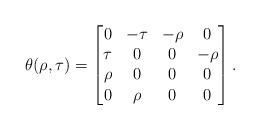
LaTeX: \begin{align*}\theta(\rho,\tau)=\begin{bmatrix}0&-\tau&-\rho&0\\\tau&0&0&-\rho\\\rho&0&0&0\\0&\rho&0&0\end{bmatrix}.\end{align*}